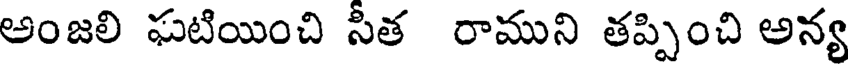
అంజలి ఘటియించి సీత రాముని తప్పించి అన్య